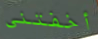
أخفتني